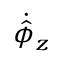
\dot { \hat { \phi } } _ { z }